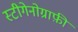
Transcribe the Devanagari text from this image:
स्टीगेनोग्राफ़ी